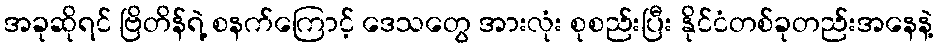
အခုဆိုရင် ဗြိတိန်ရဲ့ စနက်ကြောင့် ဒေသတွေ အားလုံး စုစည်းပြီး နိုင်ငံတစ်ခုတည်းအနေနဲ့